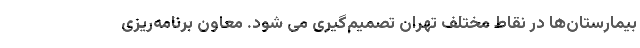
بیمارستان‌ها در نقاط مختلف تهران تصمیم‌گیری می شود. معاون برنامه‌ریزی